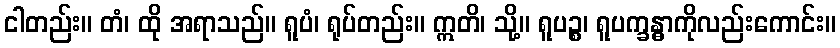
ငါတည်း။ တံ၊ ထို အရာသည်။ ရူပံ၊ ရုပ်တည်း။ ဣတိ၊ သို့။ ရူပဉ္စ၊ ရူပက္ခန္ဓာကိုလည်းကောင်း။